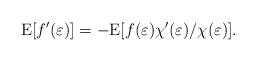
LaTeX: \begin{align*}{\mathrm{E}}[f^{\prime }(\varepsilon)] = -{\mathrm{E}}[f(\varepsilon)\chi^{\prime }(\varepsilon)/\chi(\varepsilon)].\end{align*}